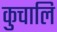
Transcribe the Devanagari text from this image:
कुचालि